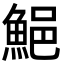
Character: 䱒